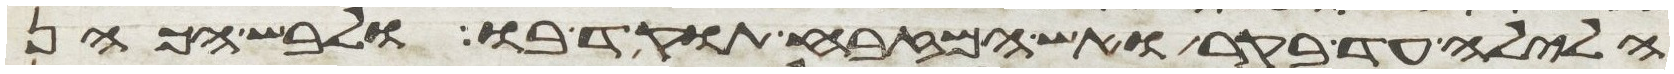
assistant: הלילה עד בקר ואש המזבח תוקד בו ולבש הכהן